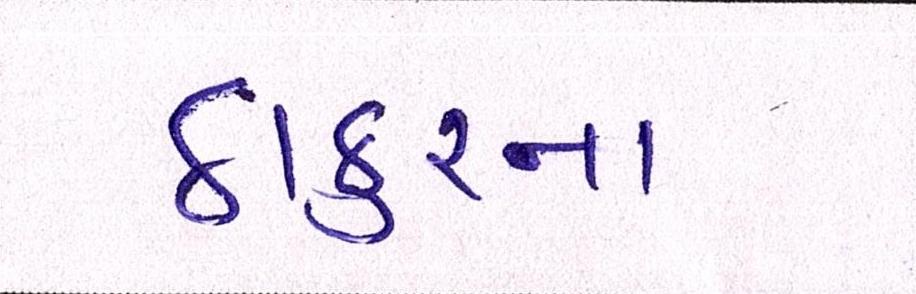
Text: ઠાકુરના